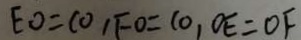
E O = C O , F O = C O , O E = O F